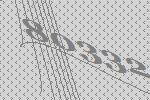
80332